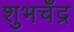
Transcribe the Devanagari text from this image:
शुभचँद्र